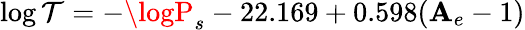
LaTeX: \log\mathcal{T}=-\logP_{s}-22.169+0.598(\mathbf{A}_{e}-1)